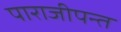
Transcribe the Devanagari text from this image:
पाराजीपन्त